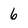
Character: 6